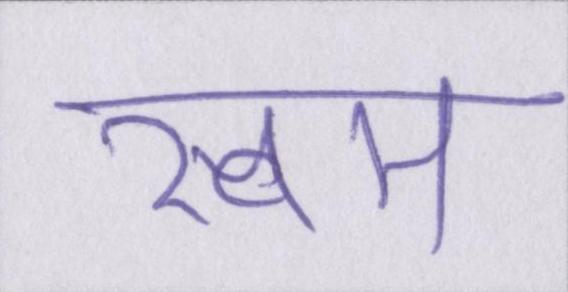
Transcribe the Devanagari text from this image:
स्वम